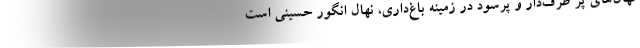
نهال‌های پر طرف‌دار و پرسود در زمینه باغ‌داری، نهال انگور حسینی است